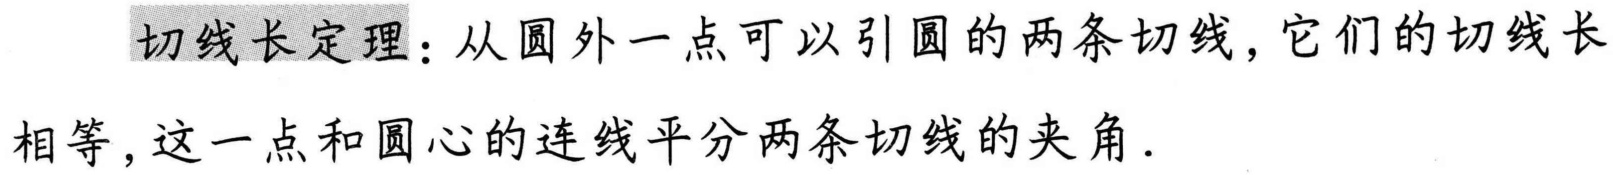
**切线长定理**：从圆外一点可以引圆的两条切线，它们的切线长相等，这一点和圆心的连线平分两条切线的夹角．